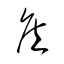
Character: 矦